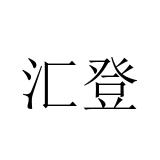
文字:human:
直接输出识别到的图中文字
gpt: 汇登